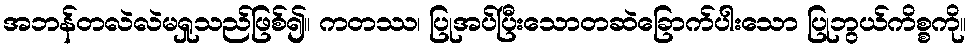
အဘန်တလဲလဲမရှုသည်ဖြစ်၍။ ကတဿ၊ ပြုအပ်ပြီးသောတဆဲခြောက်ပါးသော ပြုဘွယ်ကိစ္စကို။